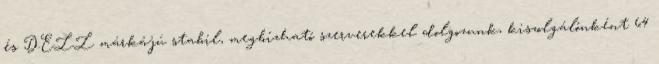
és DELL márkájú stabil, megbízható szerverekkel dolgozunk, kiszolgálónként 64